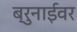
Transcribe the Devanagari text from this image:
ब्रुनाईवर